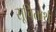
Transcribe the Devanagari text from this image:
सूचितार्थ